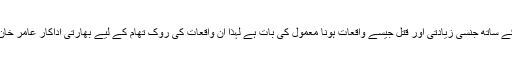
چونکہ بھارت میں بچوں اور خواتین کے ساتھ جنسی زیادتی اور قتل جیسے واقعات ہونا معمول کی بات ہے لہٰذا ان واقعات کی روک تھام کے لیے بھارتی اداکار عامر خان بہت پہلے اپنی آواز بلند کرچکے ہیں۔